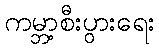
ကမ္ဘာ့စီးပွားရေး